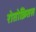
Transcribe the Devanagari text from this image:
रोतोक्रितस